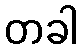
တခါ